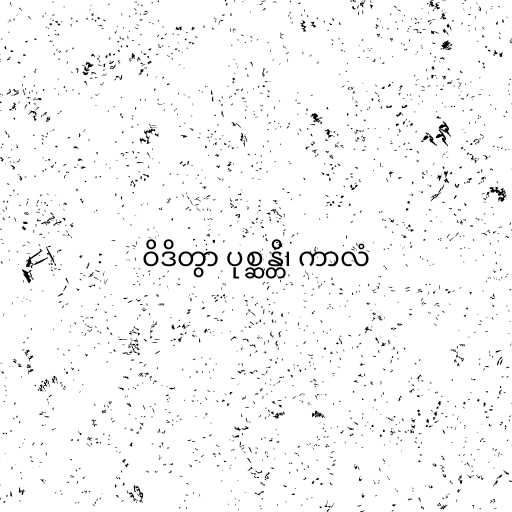
ဝိဒိတွာ ပုစ္ဆန္တိ၊ ကာလံ